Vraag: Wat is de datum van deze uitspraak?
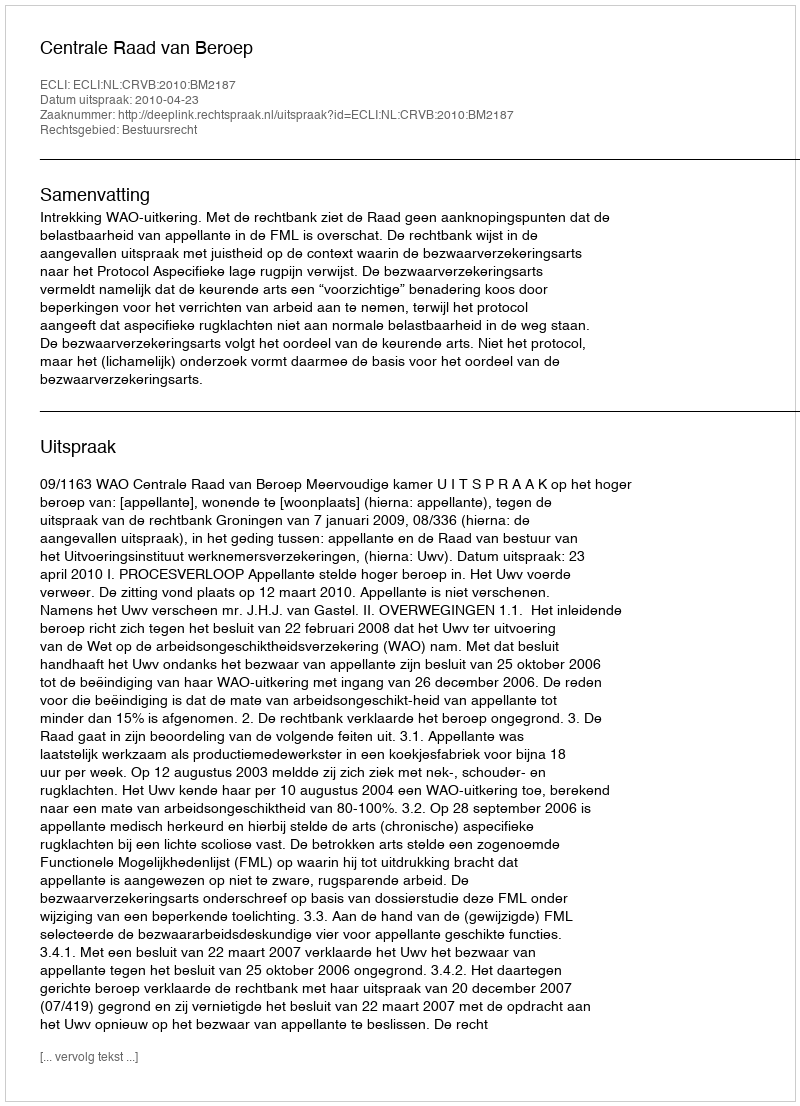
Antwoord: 2010-04-23